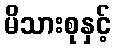
မိသားစုနှင့်